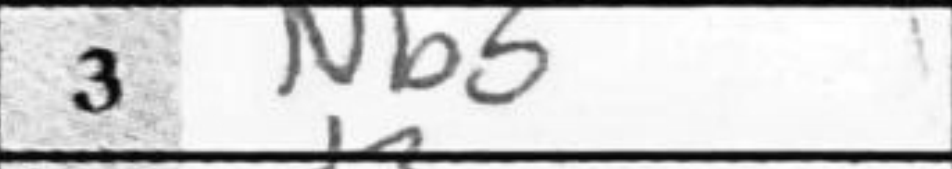
Transcription: Nb5